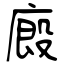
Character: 廄